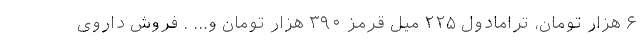
۶ هزار تومان، ترامادول ۲۲۵ میل قرمز ۳۹۰ هزار تومان و... . فروش داروی